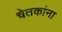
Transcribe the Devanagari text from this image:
चेतकांना